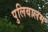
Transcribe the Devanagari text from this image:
पुलिवालम